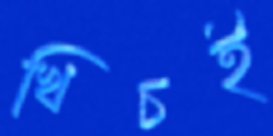
খিচই